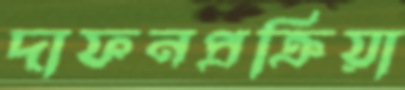
দাফনপ্রক্রিয়া